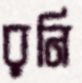
রনি